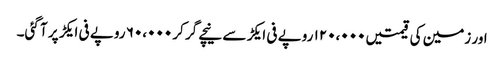
اور زمین کی قیمتیں ۱۲۰،۰۰۰ روپے فی ایکڑ سے نیچے گر کر ۶۰،۰۰۰ روپے فی ایکڑ پر آ گئی۔